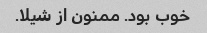
خوب بود. ممنون از شیلا.